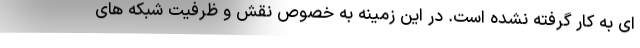
ای به کار گرفته نشده است. در این زمینه به خصوص نقش و ظرفیت شبکه های